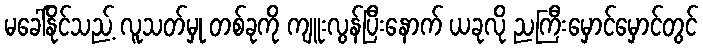
မခေါ်နိုင်သည့် လူသတ်မှု တစ်ခုကို ကျူးလွန်ပြီးနောက် ယခုလို ညကြီးမှောင်မှောင်တွင်